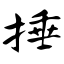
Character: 捶